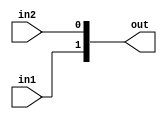
module CONCAT (out, in1, in2);
	output reg [1:0] out;
	input in1,in2;
	
	always@(*) begin
		out= {in1, in2};
	end
endmodule